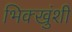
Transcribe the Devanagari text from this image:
भिक्खुंशी